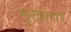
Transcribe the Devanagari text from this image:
मुखांवर